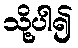
သို့ပါ၍